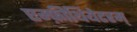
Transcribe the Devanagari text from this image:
एम्फ़ीथियेटरम्